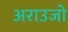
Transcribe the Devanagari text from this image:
अराउजो